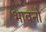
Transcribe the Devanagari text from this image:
भावनो